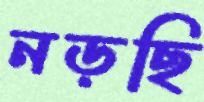
নড়ছি